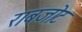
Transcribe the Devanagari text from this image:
राबजोट